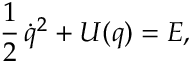
{ \frac 1 2 } \, { \dot { q } } ^ { 2 } + U ( q ) = { E } ,